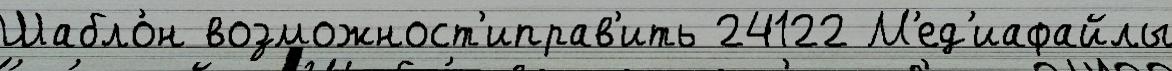
Шабло́н возможност'иправ'ить 24122 М'ед'иафайлы